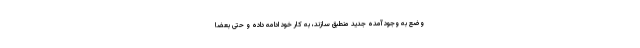
وضع به وجود آمده جدید منطبق سازند، به کار خود ادامه داده و حتی بعضا